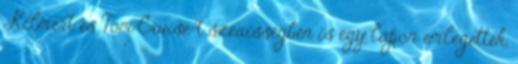
Kilmert és Tom Cruise-t szexisségben is egy lapon emlegették,